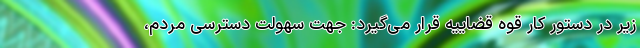
زیر در دستور کار قوه قضاییه قرار می‌گیرد: جهت سهولت دسترسی مردم،